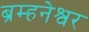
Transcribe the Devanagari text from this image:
ब्रम्हनेश्वर